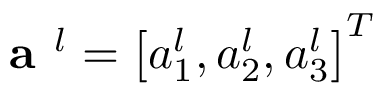
\textbf { a } ^ { l } = \left[ a _ { 1 } ^ { l } , a _ { 2 } ^ { l } , a _ { 3 } ^ { l } \right] ^ { T }